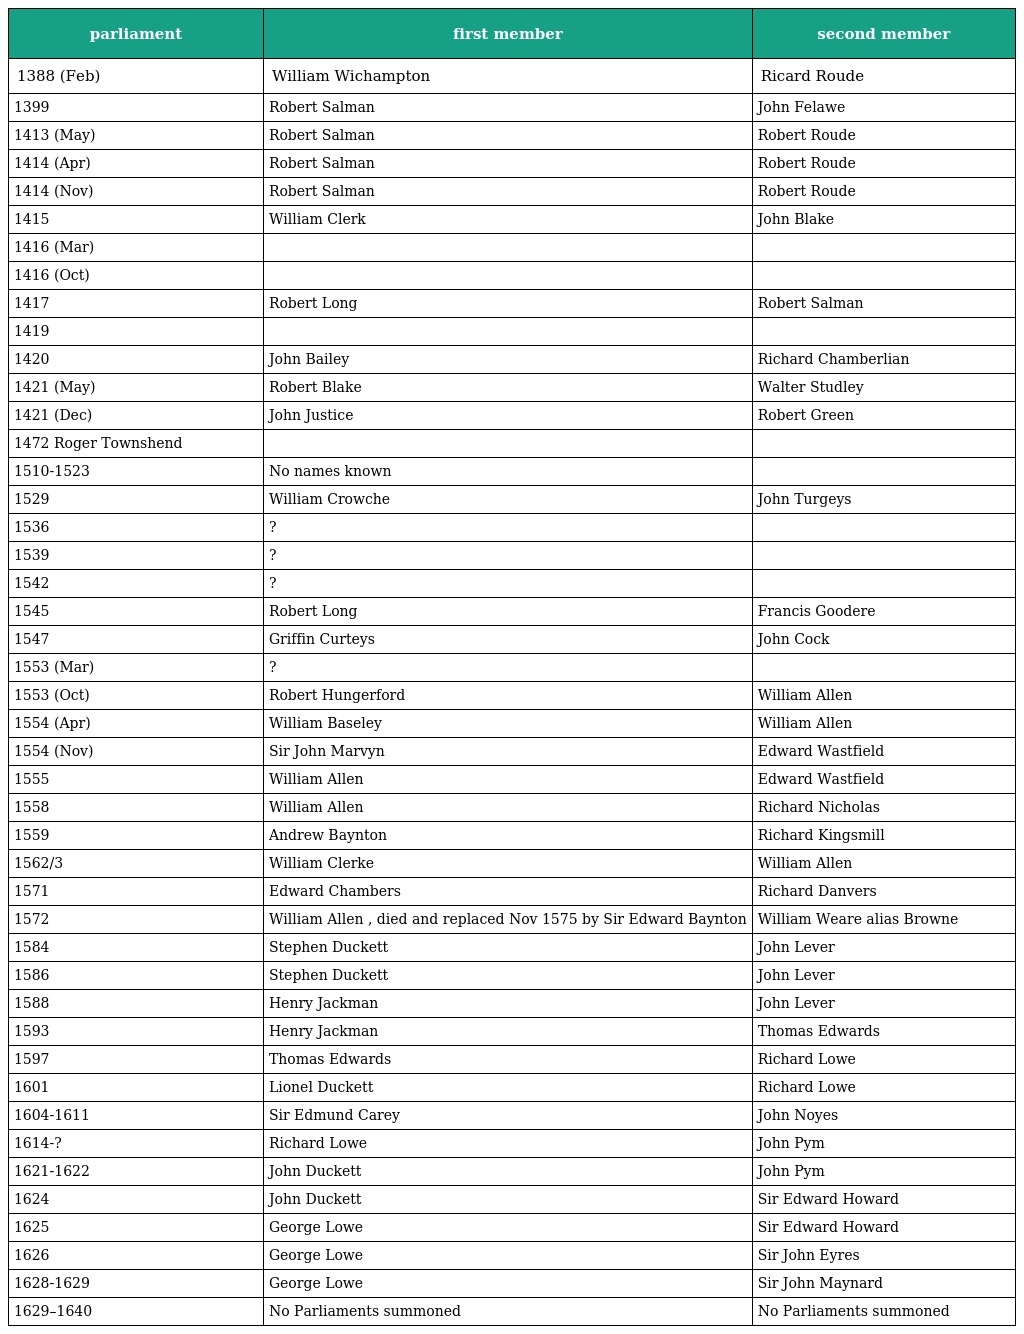
| parliament | first member | second member |
 | --- | --- | --- |
 | 1388 (Feb) | William Wichampton | Ricard Roude |
 | 1399 | Robert Salman | John Felawe |
 | 1413 (May) | Robert Salman | Robert Roude |
 | 1414 (Apr) | Robert Salman | Robert Roude |
 | 1414 (Nov) | Robert Salman | Robert Roude |
 | 1415 | William Clerk | John Blake |
 | 1416 (Mar) |  |  |
 | 1416 (Oct) |  |  |
 | 1417 | Robert Long | Robert Salman |
 | 1419 |  |  |
 | 1420 | John Bailey | Richard Chamberlian |
 | 1421 (May) | Robert Blake | Walter Studley |
 | 1421 (Dec) | John Justice | Robert Green |
 | 1472 Roger Townshend |  |  |
 | 1510-1523 | No names known |  |
 | 1529 | William Crowche | John Turgeys |
 | 1536 | ? |  |
 | 1539 | ? |  |
 | 1542 | ? |  |
 | 1545 | Robert Long | Francis Goodere |
 | 1547 | Griffin Curteys | John Cock |
 | 1553 (Mar) | ? |  |
 | 1553 (Oct) | Robert Hungerford | William Allen |
 | 1554 (Apr) | William Baseley | William Allen |
 | 1554 (Nov) | Sir John Marvyn | Edward Wastfield |
 | 1555 | William Allen | Edward Wastfield |
 | 1558 | William Allen | Richard Nicholas |
 | 1559 | Andrew Baynton | Richard Kingsmill |
 | 1562/3 | William Clerke | William Allen |
 | 1571 | Edward Chambers | Richard Danvers |
 | 1572 | William Allen , died and replaced Nov 1575 by Sir Edward Baynton | William Weare alias Browne |
 | 1584 | Stephen Duckett | John Lever |
 | 1586 | Stephen Duckett | John Lever |
 | 1588 | Henry Jackman | John Lever |
 | 1593 | Henry Jackman | Thomas Edwards |
 | 1597 | Thomas Edwards | Richard Lowe |
 | 1601 | Lionel Duckett | Richard Lowe |
 | 1604-1611 | Sir Edmund Carey | John Noyes |
 | 1614-? | Richard Lowe | John Pym |
 | 1621-1622 | John Duckett | John Pym |
 | 1624 | John Duckett | Sir Edward Howard |
 | 1625 | George Lowe | Sir Edward Howard |
 | 1626 | George Lowe | Sir John Eyres |
 | 1628-1629 | George Lowe | Sir John Maynard |
 | 1629–1640 | No Parliaments summoned | No Parliaments summoned |